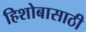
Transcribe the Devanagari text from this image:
हिशोबासाठी